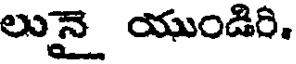
లునై యుండిరి.